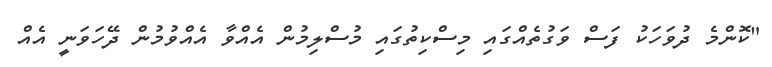
"ކޮންމެ ދުވަހަކު ފަސް ވަގުތެއްގައި މިސްކިތުގައި މުސްލިމުން އެއްވާ އެއްވުމުން ދޭހަވަނީ އެއް